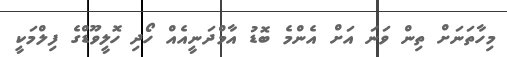
މިހާތަނަށް ތިން ވަނަ އަށް އެންމެ ބޮޑު އާމްދަނީއެއް ހޯދި ހޮލީވޫޑްގެ ފިލްމަކީ